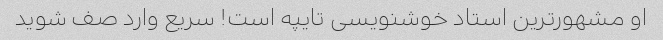
او مشهورترین استاد خوشنویسی تایپه است! سریع وارد صف شوید